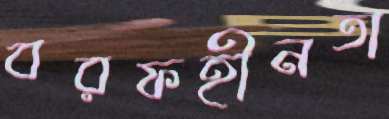
বরফহীনতা